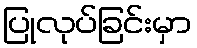
ပြုလုပ်ခြင်းမှာ